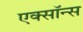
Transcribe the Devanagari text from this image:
एक्सॉन्स